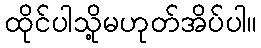
ထိုင်ပါသို့မဟုတ်အိပ်ပါ။